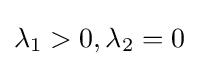
\lambda _{1}>0,\lambda _{2}=0